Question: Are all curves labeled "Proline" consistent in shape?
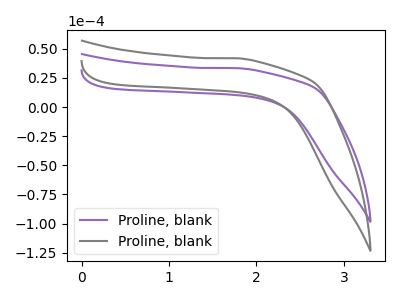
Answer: <think>The purple curve "Proline, blank1" has no peaks. The gray curve "Proline, blank2" has no peaks.
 Neither "Proline, blank1" or "Proline, blank2" have any peaks.</think>
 <answer>All the CV's of "Proline" have similar shape.</answer>
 <eval>follow_rule</eval>